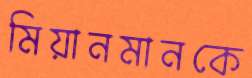
মিয়ানমানকে